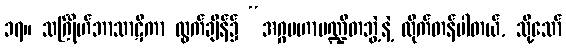
၁၇။ သင်္ဂြိုဟ်ဘာသာဋီကာ ထွက်ချိန်၌ “အဂ္ဂမဟာပဏ္ဍိတဘွဲ့နဲ့ ထိုက်တန်ပါတယ်, သို့သော်